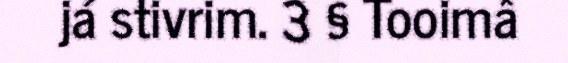
já stivrim. 3 § Tooimâ